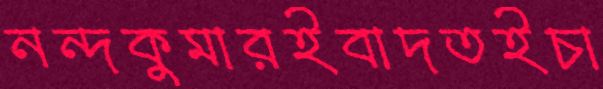
নন্দকুমারইবাদতইচা